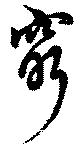
窮